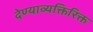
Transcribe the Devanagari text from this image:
देण्याव्यक्तिरिक्त